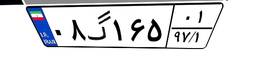
۸۴گ۳۸۲۲۷